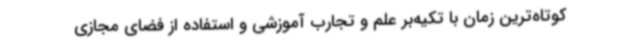
کوتاه‌ترین زمان با تکیه‌بر علم و تجارب آموزشی و استفاده از فضای مجازی